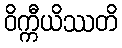
ဝိက္ကီယိဿတိ